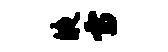
液雷